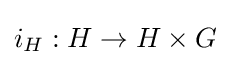
i_{H}:H\to H\times G